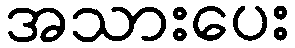
အသားပေး